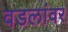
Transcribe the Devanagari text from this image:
वडलांवर